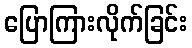
ပြောကြားလိုက်ခြင်း